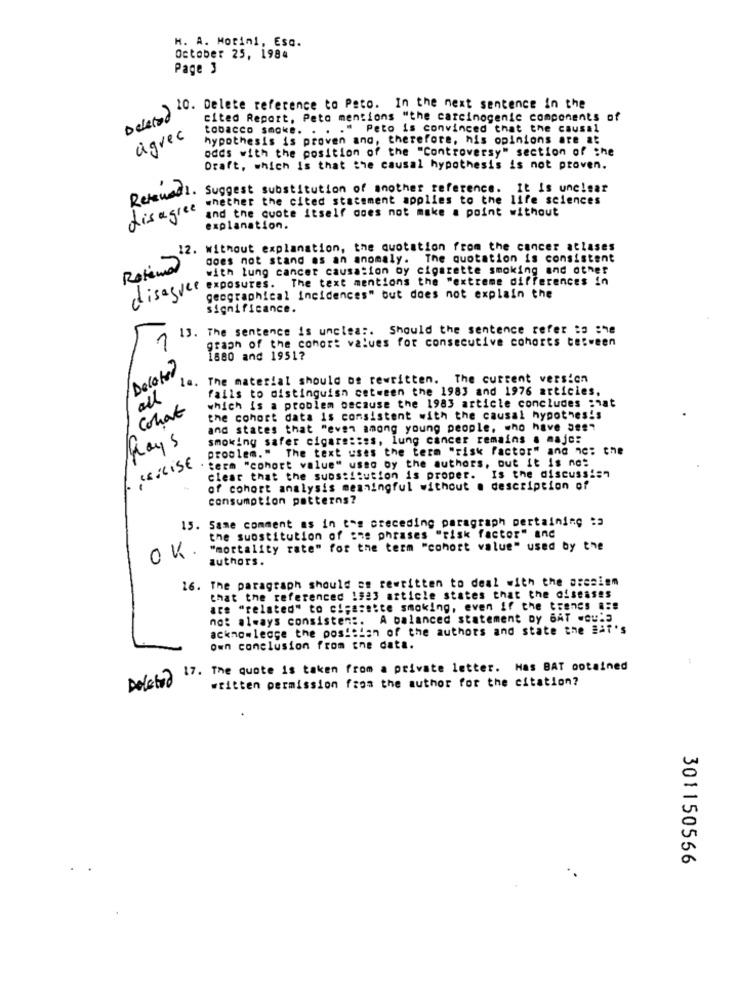
H. A. Motini, Esa.
October 25, 1984
Page 3
Plats). welete reference to Peto. In the next sentence in the
cited Report, Peto mentions "the carcinogenic components of
tobacco smoke. . . . " Peto is convinced that the causal
agree
hypothesis is proven and, therefore, his opinions are at
odds with the position of the "Controversy" section of the
Draft, which is that she causal hypothesis is not proven.
Retewadi.
Suggest substitution of another reference. It is unclear
whether the cited statement applies to the life sciences
disagree
and the quote itself does not make a point without
explanation.
12. without explanation, the quotation from the cancer atlases
does not stand as an anomaly. The quotation is consistent
Rotina
with lung cancer causation oy cigarette smoking and other
Lisasuce exposures. The text mentions the "extreme differences in
geographical incidences" but does not explain the
significance.
13. The sentence is unclea :. Should the sentence refer to :he
graph of the cohort values for consecutive cohorts between
1
1880 and 1951?
Delated
The material should os rewritten. The current version
fails to distinguish cetween the 1983 and 1976 articies.
all
which is a problem because the 1983 article concludes :hat
Cohat
the cohort data is consistent with the causal hypothesis
and states that "even among young people, who have aes"
smoking safer cigare :: es, lung cancer remains . majc:
Ray's
problem." The text uses the term "risk factor" and nc: the
"EXCISE
term "cohort value" used by the authors, but it is no:
clear that the substitution is proper.
Is the discussish
of cohort analysis meaningful without . description of
consumption patterns?
15. Same comment as in tas creceding paragraph pertaining :
the substitution of she phrases "risk factor" and
"mortality rate" for the term "cohort value" used by the
OK
authors.
16. The paragraph should se rewritten to deal with the ascaiem
that the referenced 1523 article states that the diseases
are "related" to ci;asette smoking, even if the trencs #:s
not always consisten :. A balanced statement by BAT would
acknowledge the position of the authors and state the Eaf's
own conclusion from the data.
17. The quote is taken from a private letter. Has BAT obtained
Deleted
written permission from the author for the citation?
301150556